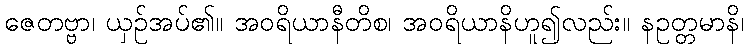
ဇေတဗ္ဗာ၊ ယှဉ်အပ်၏။ အဝရိယာနီတိစ၊ အဝရိယာနိဟူ၍လည်း။ နဥတ္တမာနိ၊